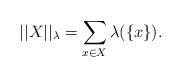
LaTeX: \begin{align*}||X||_\lambda=\sum_{x\in X}\lambda(\{x\}).\end{align*}